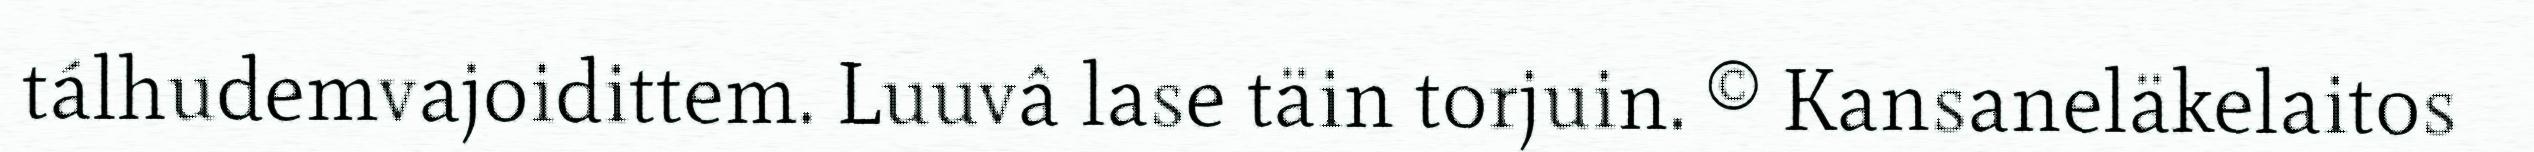
tálhudemvajoidittem. Luuvâ lase täin torjuin. © Kansaneläkelaitos